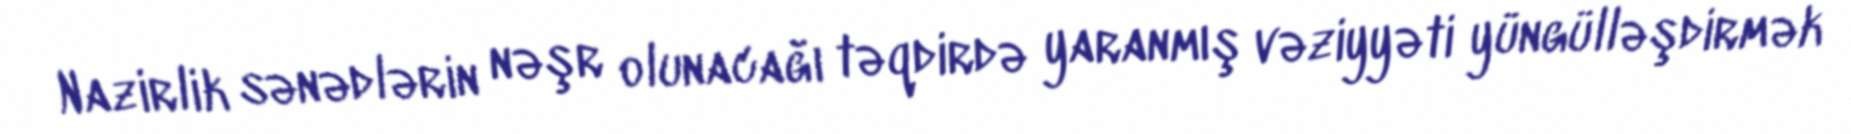
Nazirlik sənədlərin nəşr olunacağı təqdirdə yaranmış vəziyyəti yüngülləşdirmək